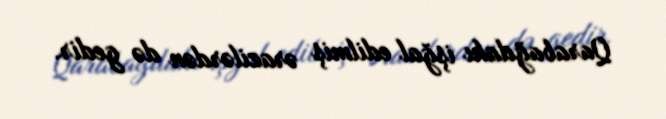
Qarabağdakı işğal edilmiş ərazilərdən də gedir.